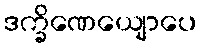
ဒက္ခိဏေယျောပေ